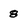
Character: 8